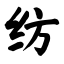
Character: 纺